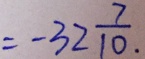
= - 3 2 \frac { 7 } { 1 0 } .